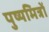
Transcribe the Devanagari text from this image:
पुष्यमित्रों